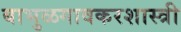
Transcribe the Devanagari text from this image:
बाभुळगावकरशास्त्री